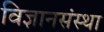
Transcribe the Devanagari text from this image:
विज्ञानसंस्था